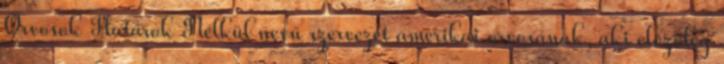
Orvosok Határok Nélkül nevű szervezet amerikai orvosának, aki előzőleg